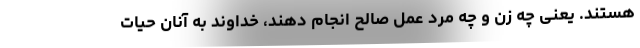
هستند. یعنی چه زن و چه مرد عمل صالح انجام دهند، خداوند به آنان حیات